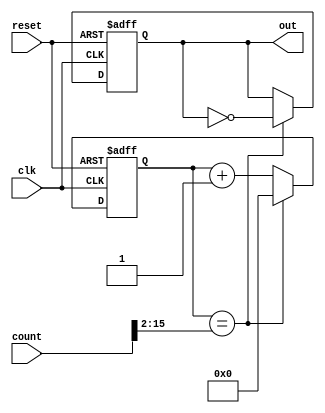
module counter
    (
        input clk, reset,
        input [15:0] count,
        output reg out
    );

    reg [15:0] counter;

    always @(posedge clk, posedge reset) begin
        if (reset) begin
            out <= 1'b0;
            counter <= 1'b0;
        end
        else if (counter == (count >> 2)) begin
            out <= ~out;
            counter <= 1'b0;
        end
        else begin
            out <= out;
            counter <= counter + 1'b1;
        end
    end

endmodule